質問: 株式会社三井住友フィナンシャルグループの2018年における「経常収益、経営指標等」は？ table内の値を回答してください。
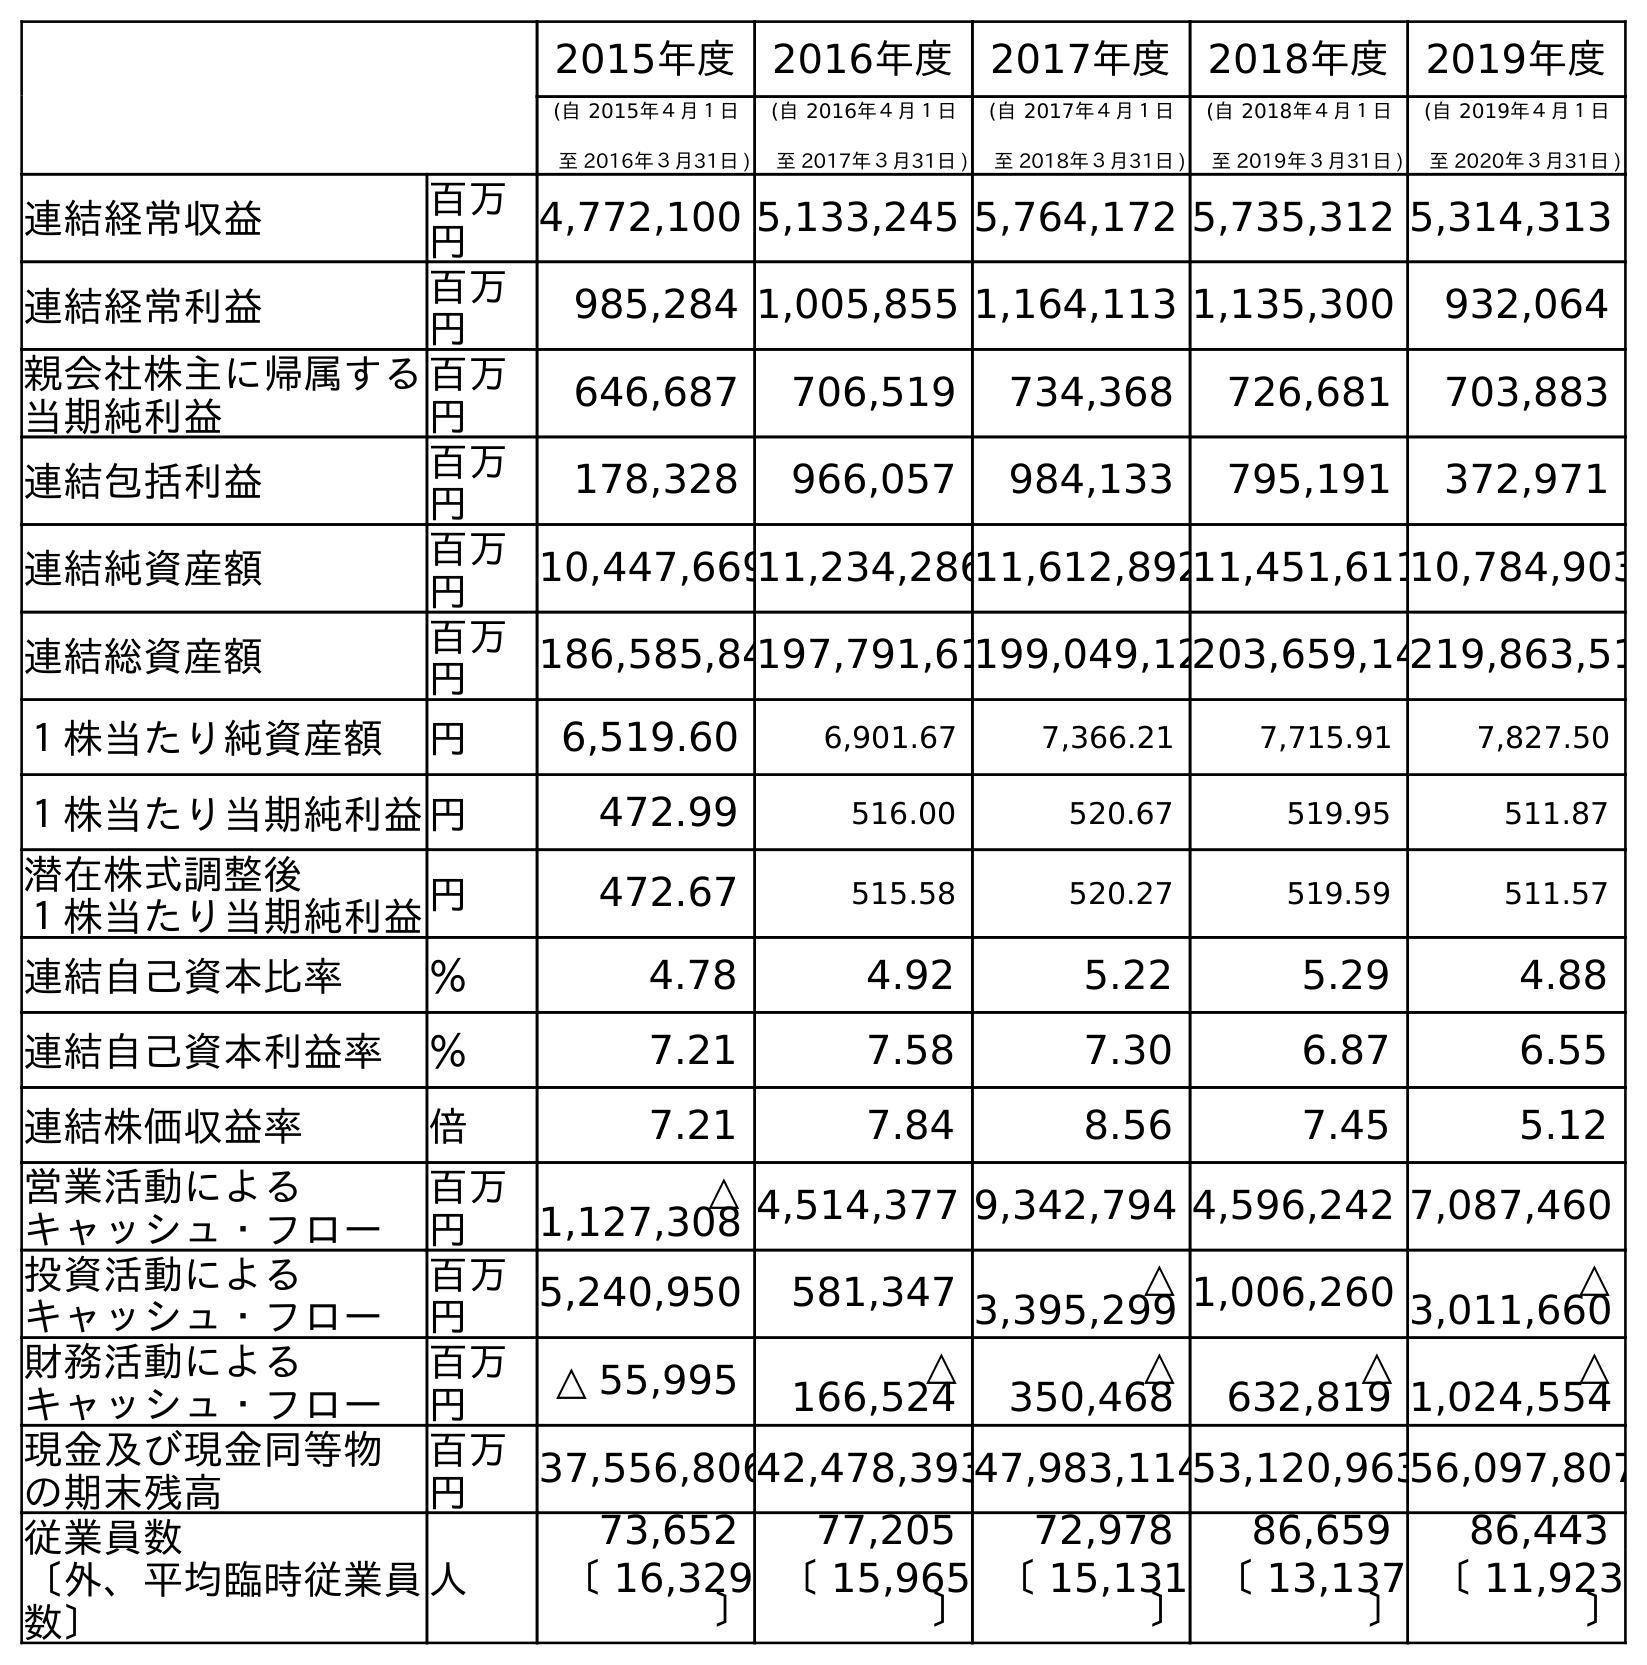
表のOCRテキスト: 2015年度 2016年度 2017年度 2018年度 2019年度 (自 2015年４月１日 至 2016年３月31日 ) (自 2016年４月１日 至 2017年３月31日 ) (自 2017年４月１日 至 2018年３月31日 ) (自 2018年４月１日 至 2019年３月31日 ) (自 2019年４月１日 至 2020年３月31日 ) 連結経常収益 百万 円 4,772,100 5,133,245 5,764,172 5,735,312 5,314,313 連結経常利益 百万 円 985,284 1,005,855 1,164,113 1,135,300 932,064 親会社株主に帰属する 当期純利益 百万 円 646,687 706,519 734,368 726,681 703,883 連結包括利益 百万 円 178,328 966,057 984,133 795,191 372,971 連結純資産額 百万 円 10,447,66911,234,28611,612,89211,451,61110,784,903 連結総資産額 百万 円 186,585,84197,791,61199,049,12203,659,14219,863,51 １株当たり純資産額 円 6,519.60 6,901.67 7,366.21 7,715.91 7,827.50 １株当たり当期純利益円 472.99 516.00 520.67 519.95 511.87 潜在株式調整後 １株当たり当期純利益円 472.67 515.58 520.27 519.59 511.57 連結自己資本比率 ％ 4.78 4.92 5.22 5.29 4.88 連結自己資本利益率 ％ 7.21 7.58 7.30 6.87 6.55 連結株価収益率 倍 7.21 7.84 8.56 7.45 5.12 営業活動による キャッシュ・フロー 百万 円 △ 1,127,308 4,514,377 9,342,794 4,596,242 7,087,460 投資活動による キャッシュ・フロー 百万 円 5,240,950 581,347 △ 3,395,299 1,006,260 △ 3,011,660 財務活動による キャッシュ・フロー 百万 円 △ 55,995 △ 166,524 △ 350,468 △ 632,819 △ 1,024,554 現金及び現金同等物 の期末残高 百万 円 37,556,80642,478,39347,983,11453,120,96356,097,807 従業員数 〔外、平均臨時従業員 数〕 人 73,652 77,205 72,978 86,659 86,443 〔 16,329 〕 〔 15,965 〕 〔 15,131 〕 〔 13,137 〕 〔 11,923 〕
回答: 5,764,172